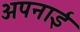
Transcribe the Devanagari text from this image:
अपनाईं